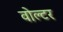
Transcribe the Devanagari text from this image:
वोल्टर